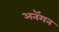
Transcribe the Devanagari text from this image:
अनॅगन